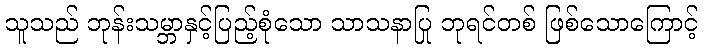
သူသည် ဘုန်းသမ္ဘာနှင့်ပြည့်စုံသော သာသနာပြု ဘုရင်တစ် ဖြစ်သောကြောင့်